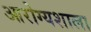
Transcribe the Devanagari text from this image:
आरोग्यशाला